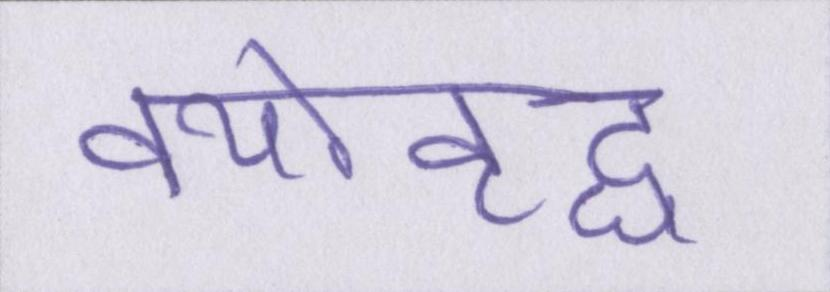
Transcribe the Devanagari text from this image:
वयोवृद्ध